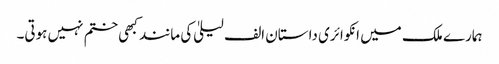
ہمارے ملک میں انکوائری داستان الف لیلیٰ کی مانند کبھی ختم نہیں ہوتی۔